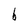
Character: b